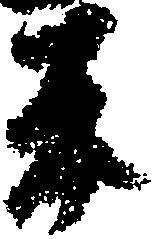
平